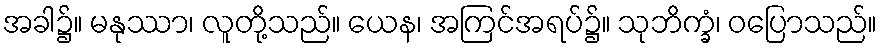
အခါ၌။ မနုဿာ၊ လူတို့သည်။ ယေန၊ အကြင်အရပ်၌။ သုဘိက္ခံ၊ ဝပြောသည်။